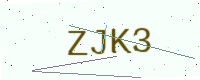
Text: ZJK3